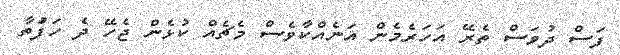
ފަސް ދުވަސް ތެރޭ އަހަރެމެން އަނެއްކާވެސް މެޗެއް ކުޅެން ޖެހޭ ދެ ހަފަުތާ